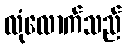
လုံလောက်သည်